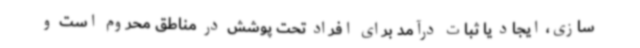
سازی، ایجاد یا ثبات درآمد برای افراد تحت پوشش در مناطق محروم است و